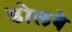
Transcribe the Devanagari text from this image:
डोलबे